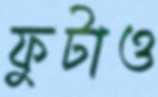
ফুটাও